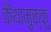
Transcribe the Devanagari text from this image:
कैथामुक्कु